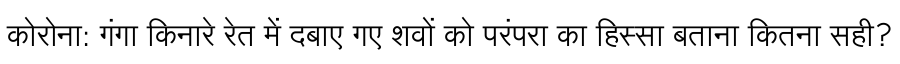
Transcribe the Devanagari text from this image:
कोरोना: गंगा किनारे रेत में दबाए गए शवों को परंपरा का हिस्सा बताना कितना सही?